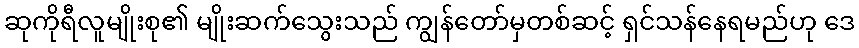
ဆုကိုရီလူမျိုးစု၏ မျိုးဆက်သွေးသည် ကျွန်တော်မှတစ်ဆင့် ရှင်သန်နေရမည်ဟု ဒေ